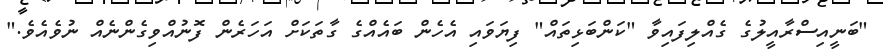
"ބަނީއިސްރާއީލުގެ ގެއްލިފައިވާ "ކަންބަޅިތައް" ފިޔަވައި އެހެން ބައެއްގެ ގާތަކަށް އަހަރެން ފޮނުއްވިގެންނެއް ނުވެއެވެ."